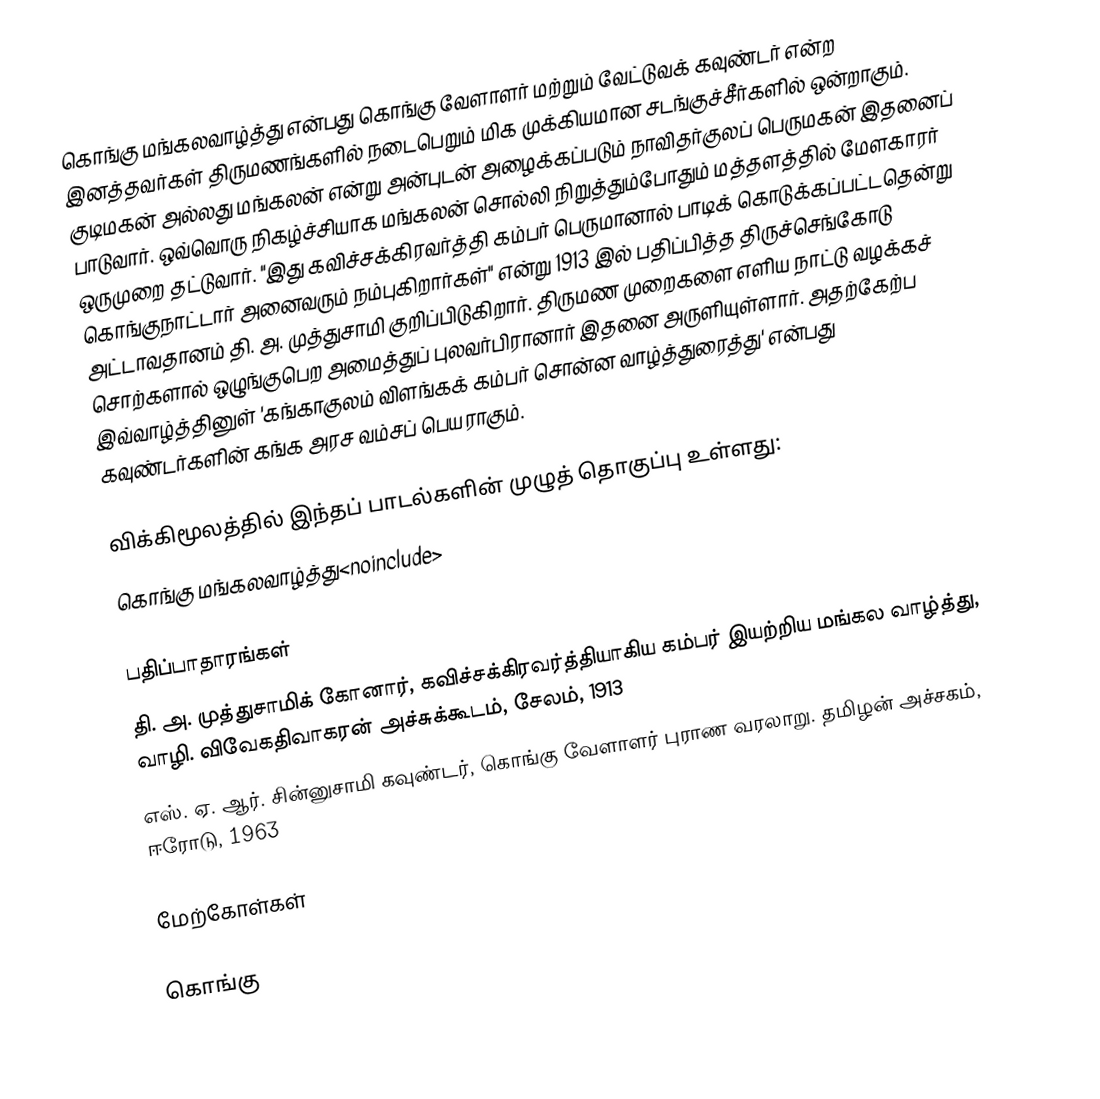
கொங்கு மங்கலவாழ்த்து என்பது கொங்கு வேளாளர் மற்றும் வேட்டுவக் கவுண்டர் என்ற இனத்தவர்கள் திருமணங்களில் நடைபெறும் மிக முக்கியமான சடங்குச்சீர்களில் ஒன்றாகும். குடிமகன் அல்லது மங்கலன் என்று அன்புடன் அழைக்கப்படும் நாவிதர்குலப் பெருமகன் இதனைப் பாடுவார். ஒவ்வொரு நிகழ்ச்சியாக மங்கலன் சொல்லி நிறுத்தும்போதும் மத்தளத்தில் மேளகாரர் ஒருமுறை தட்டுவார். "இது கவிச்சக்கிரவர்த்தி கம்பர் பெருமானால் பாடிக் கொடுக்கப்பட்டதென்று கொங்குநாட்டார் அனைவரும் நம்புகிறார்கள்" என்று 1913 இல் பதிப்பித்த திருச்செங்கோடு அட்டாவதானம் தி. அ. முத்துசாமி குறிப்பிடுகிறார். திருமண முறைகளை எளிய நாட்டு வழக்கச் சொற்களால் ஒழுங்குபெற அமைத்துப் புலவர்பிரானார் இதனை அருளியுள்ளார். அதற்கேற்ப இவ்வாழ்த்தினுள் 'கங்காகுலம் விளங்கக் கம்பர் சொன்ன வாழ்த்துரைத்து' என்பது கவுண்டர்களின் கங்க அரச வம்சப் பெயராகும்.

விக்கிமூலத்தில் இந்தப் பாடல்களின்  முழுத் தொகுப்பு உள்ளது:
கொங்கு மங்கலவாழ்த்து<noinclude>

பதிப்பாதாரங்கள்
  தி. அ. முத்துசாமிக் கோனார், கவிச்சக்கிரவர்த்தியாகிய கம்பர் இயற்றிய மங்கல வாழ்த்து, வாழி. விவேகதிவாகரன் அச்சுக்கூடம், சேலம், 1913
 எஸ். ஏ. ஆர். சின்னுசாமி கவுண்டர், கொங்கு வேளாளர் புராண வரலாறு. தமிழன் அச்சகம், ஈரோடு, 1963

மேற்கோள்கள்

கொங்கு